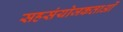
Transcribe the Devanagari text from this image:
सहसंयोजकताओं